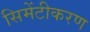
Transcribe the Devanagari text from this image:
सिमेंटीकरण